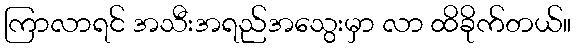
ကြာလာရင် အသီးအရည်အသွေးမှာ လာ ထိခိုက်တယ်။